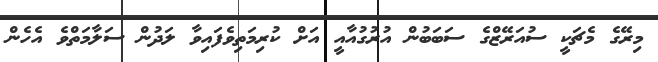
މިރޭގެ މެޗަކީ ސުއަރޭޒްގެ ސަބަބުން އުރުގުއާއީ އަށް ކުރިމަތިވެފައިވާ ލަދުން ސަލާމަތްވެ އެހެން